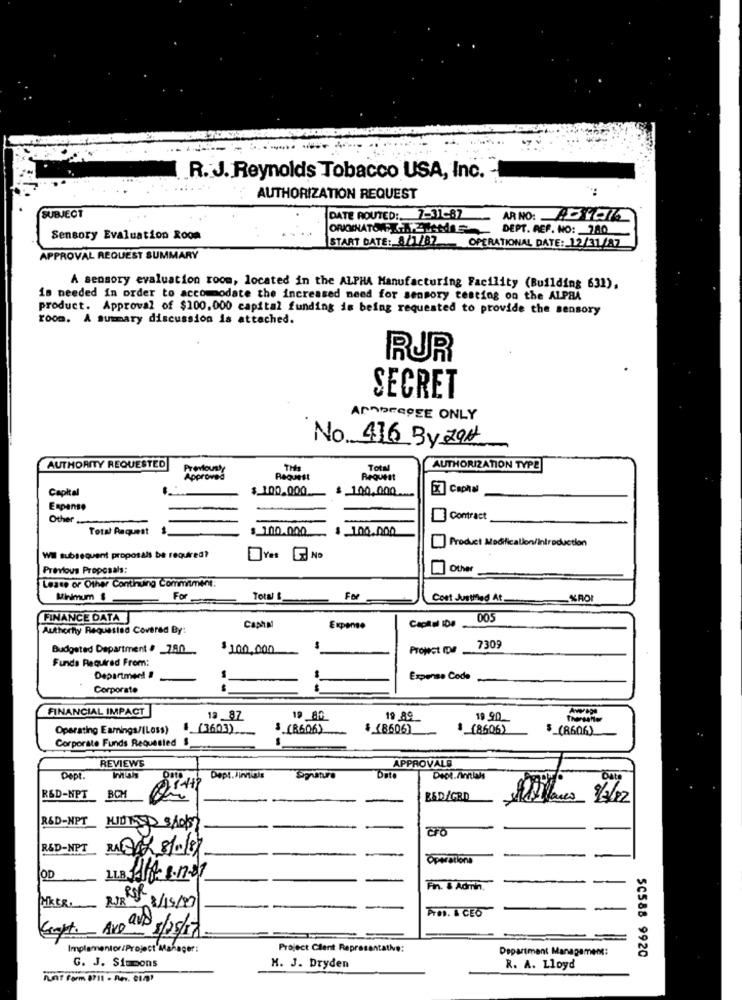
R. J. Reynolds Tobacco USA, Inc.
AUTHORIZATION REQUEST
SUBJECT
DATE ROUTED :. 7-31-87
AR NO:DYCK
ORKMINATORE GAZZNANA DEPT. REP. NO: 780
Sensory Evaluation Room
START DATE: 8/1/87 OPERATIONAL DATE: 12/11/87
APPROVAL REQUEST SUMMARY
A sensory evaluation room, located in the ALPHA Manufacturing Facility (Building 631),
is needed in order to accommodate the increased need for sensory testing on the ALPHA
product. Approval of $100.000 capital funding is being requested to provide the sensory
room. A summary discussion is attached.
RUR
SECRET
ANADEGREE ONLY
No 416 By 791
AUTHORITY REQUESTED
THIS
TOty
AUTHORIZATION TYPE
Approved
$ 100.000
$ 100,000
Capital
Expense
Other
ME Contract
Total Request
$ 100.000
$ 100.000
Product Modification/Introduction
Wil subsequent proposals be required?
Previous Proposals:
Lease or Other Continuing Commitment:
Minimum $
For
FOR
Cost Justhled At.
KROI
FINANCE DATA
005
Authority Requested Covered By:
CIMM
Expense
Budgeted Department # _780 .
$ 100,000
Project IDI
730
Funda Required From:
Department
Expense Code
Corporate
--
FINANCIAL IMPACT
19 87
19 80
19 89
19 90
Operating Eamings/(Less)
(3603)
$ (86.06)
$ (8606)
(8606)
$_(8606)
Corporate Funds Requested $
REVIEWS
APPROVALS
Dept .
Dept.Jinvous
bato
Deot.Ainitials
R&D-NPT BOM
B&D /GRD
R&D-NPT
R&D-NPC RADY 8/0187
Operations
OD
LLB 1118-8.17-07
--
-
Fin. 8 Admin.
NR 8/15/97
PFOR. & CEO
AVD QND 5/25/17
implementor/Project Manager:
Project Clent Representative:
Department Management:
5C588 9920
G. J. Simmons
M. J. Dryden
R. A. Lloyd
Aunt Form (711 - Rev. 014?